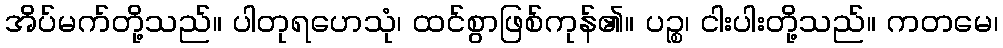
အိပ်မက်တို့သည်။ ပါတုရဟေသုံ၊ ထင်စွာဖြစ်ကုန်၏။ ပဉ္စ၊ ငါးပါးတို့သည်။ ကတမေ၊